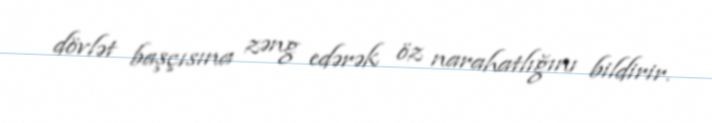
dövlət başçısına zəng edərək öz narahatlığını bildirir.